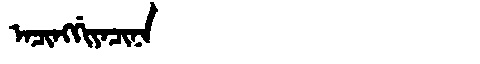
Manchu: ᠠᠴᡳᠩᡤᡳᠶᠠᠴᡳᠨᠠ
Romanization: ACINGGIYACINA